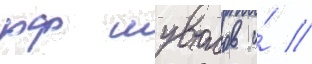
рф шувалов и́ //